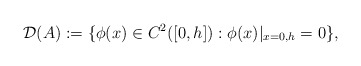
\begin{align*}\mathcal{D}(A):=\{\phi(x) \in C^2([0,h]): \phi(x)|_{x=0,h}=0\},\end{align*}